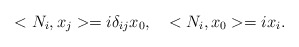
\begin{align*}<N_i, x_j> = i \delta_{ij} x_0, \quad <N_i, x_0> = i x_i.\end{align*}